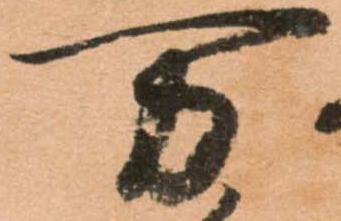
万